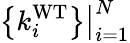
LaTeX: \left\{ k_{i}^{\mathrm{WT}}\right\} \big|_{i=1}^{N}